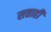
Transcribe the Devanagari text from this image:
सत्ताही